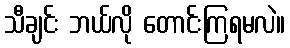
သီချင်း ဘယ်လို တောင်းကြရမလဲ။